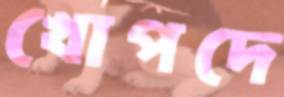
খোপদে